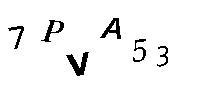
7PVA53